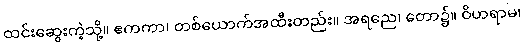
ထင်းဆွေးကဲ့သို့။ ဧကကာ၊ တစ်ယောက်အထီးတည်း။ အရညေ၊ တော၌။ ဝိဟရာမ၊